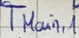
Text: TMain,1